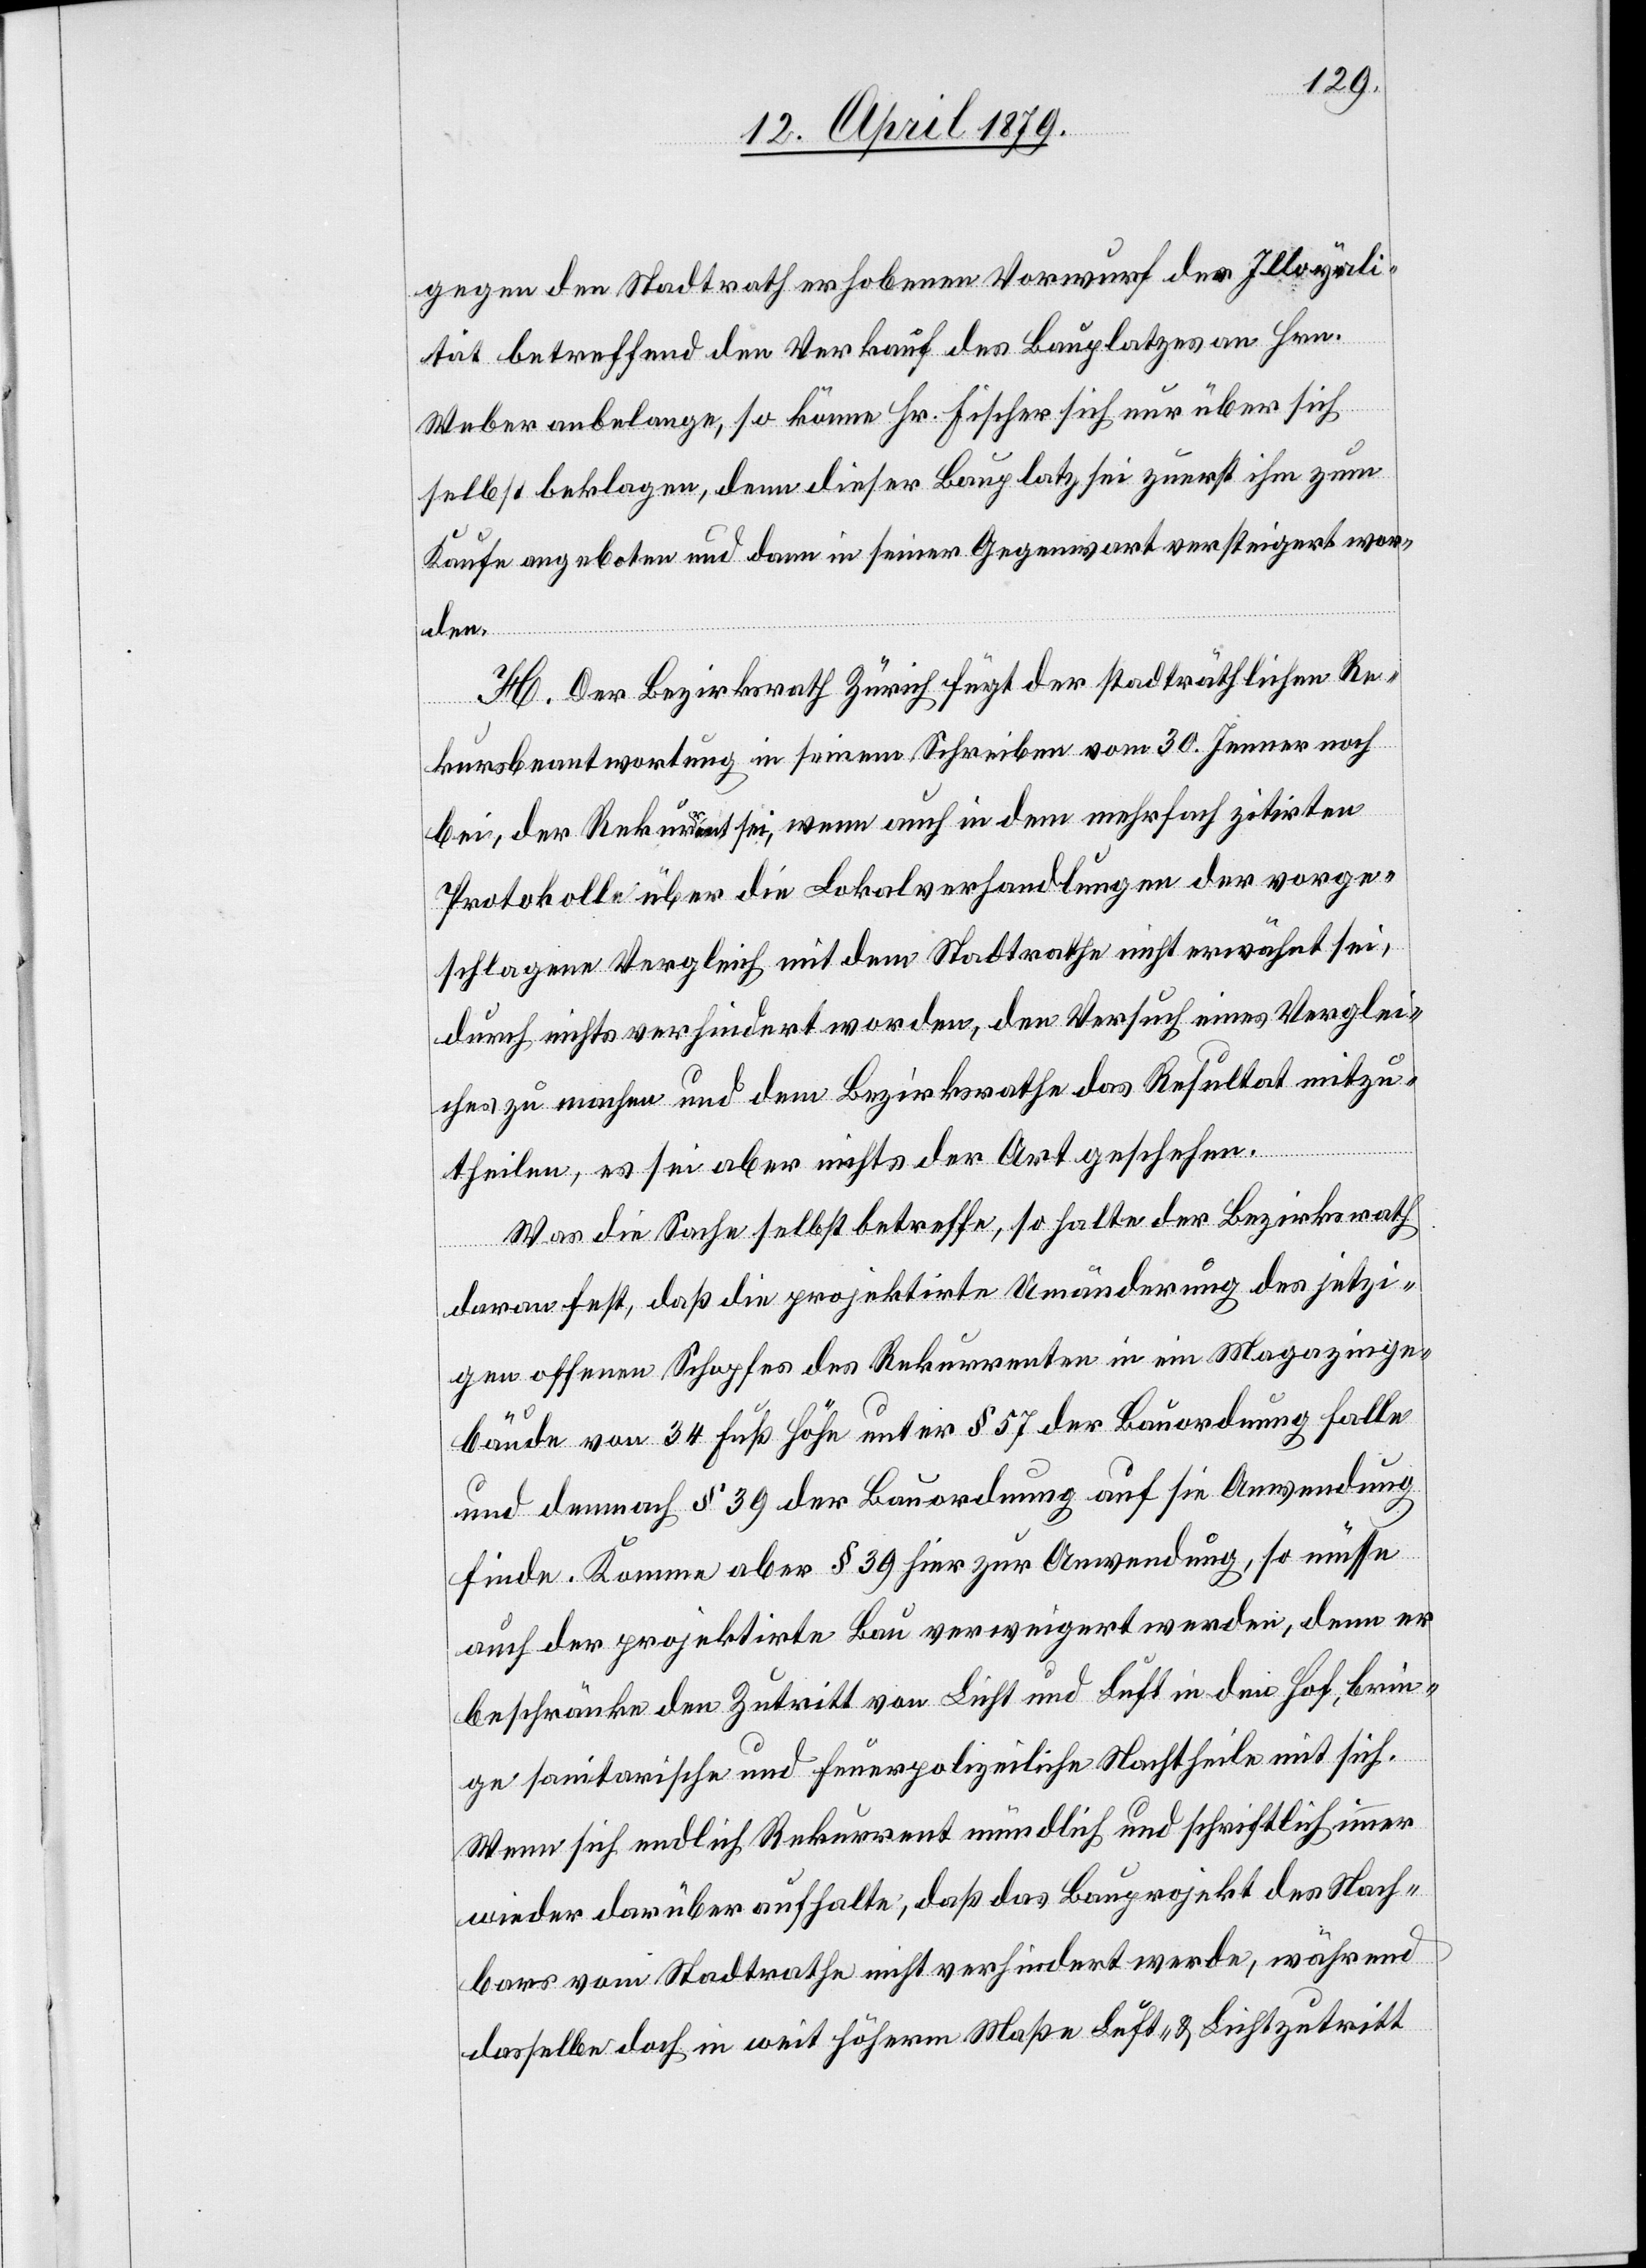
gegen den Stadtrath erhobenen Vorwurf der Illoyali¬
tät betreffend den Verkauf des Bauplatzes an Hrn.
Weber anbelange, so könne Hr. Fischer sich nur über sich
selbst beklagen, denn dieser Bauplatz sei zuerst ihm zum
Kaufe angeboten und dann in seiner Gegenwart versteigert wor¬
den.
H. Der Bezirksrath Zürich fügt der stadträthlichen Re¬
kursbeantwortung in seinem Schreiben vom 30. Jenner noch
bei, der Rekurrent sei, wenn auch in dem mehrfach zitirten
Protokolle über die Lokalverhandlungen der vorge¬
schlagene Vergleich mit dem Stadtrathe nicht erwähnt sei,
durch nichts verhindert worden, den Versuch eines Verglei¬
ches zu machen und dem Bezirksrathe das Resultat mitzu¬
theilen, es sei aber nichts der Art geschehen.
Was die Sache selbst betreffe, so halte der Bezirksrath
daran fest, daß die projektirte Umänderung des jetzi¬
gen offenen Schopfes des Rekurrenten in ein Magazinge¬
bäude von 34 Fuß Höhe unter § 57 der Bauordnung falle
und demnach § 39 der Bauordnung auf sie Anwendung
finde. Komme aber § 39 hier zur Anwendung, so müsse
auch der projektirte Bau verweigert werden, denn er
beschränke den Zutritt von Licht und Luft in den Hof, brin¬
ge sanitarische und feuerpolizeiliche Nachtheile mit sich.
Wenn sich endlich Rekurrent mündlich und schriftlich immer
wieder darüber aufhalte, daß das Bauprojekt des Nach¬
bars vom Stadtrathe nicht verhindert werde, während
dasselbe doch in weit höherm Maße Luft- & Lichtzutritt